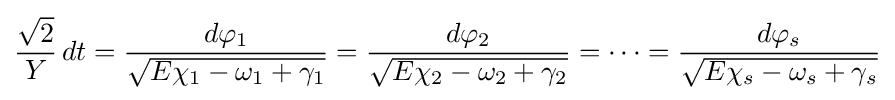
{\frac {\sqrt {2}}{Y}}\,dt={\frac {d\varphi _{1}}{\sqrt {E\chi _{1}-\omega _{1}+\gamma _{1}}}}={\frac {d\varphi _{2}}{\sqrt {E\chi _{2}-\omega _{2}+\gamma _{2}}}}=\cdots ={\frac {d\varphi _{s}}{\sqrt {E\chi _{s}-\omega _{s}+\gamma _{s}}}}